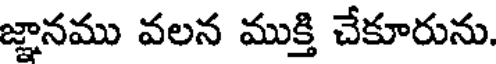
జ్ఞానము వలన ముక్తి చేకూరును.